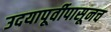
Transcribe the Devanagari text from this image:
उदयापूर्वीपासूनच